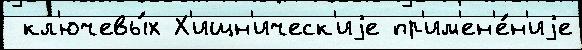
 кл'ючевы́х Х'ищн'ическ'иjе пр'им'ен'е́н'иjе